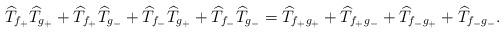
LaTeX: \begin{align*}\widehat{T}_{f_{+}}\widehat{T}_{g_{+}}+\widehat{T}_{f_{+}}\widehat{T}_{g_{-}}+\widehat{T}_{f_{-}}\widehat{T}_{g_{+}}+\widehat{T}_{f_{-}}\widehat{T}_{g_{-}}=\widehat{T}_{f_{+}g_{+}}+\widehat{T}_{f_{+}g_{-}}+\widehat{T}_{f_{-}g_{+}}+\widehat{T}_{f_{-}g_{-}}.\end{align*}